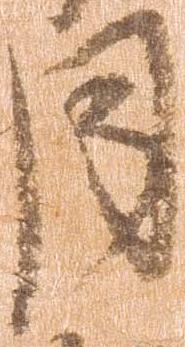
月